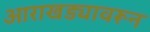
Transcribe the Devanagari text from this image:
आराखड्यावरून